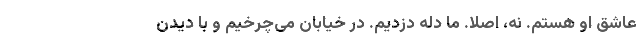
عاشق او هستم. نه، اصلا. ما دله دزدیم. در خیابان می‌چرخیم و با دیدن